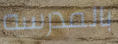
بالمدرسه